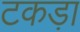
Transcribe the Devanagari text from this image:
टकड़ा